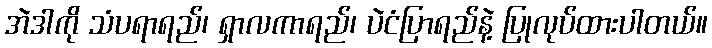
အဲဒါကို သံပရာရည်၊ ရှာလကာရည်၊ ပဲငံပြာရည်နဲ့ ပြုလုပ်ထားပါတယ်။